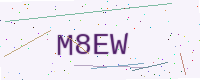
Text: M8EW